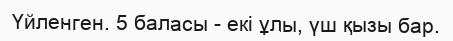
Үйленген. 5 баласы - екі ұлы, үш қызы бар.